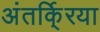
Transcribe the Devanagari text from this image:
अंतर्कि्रया